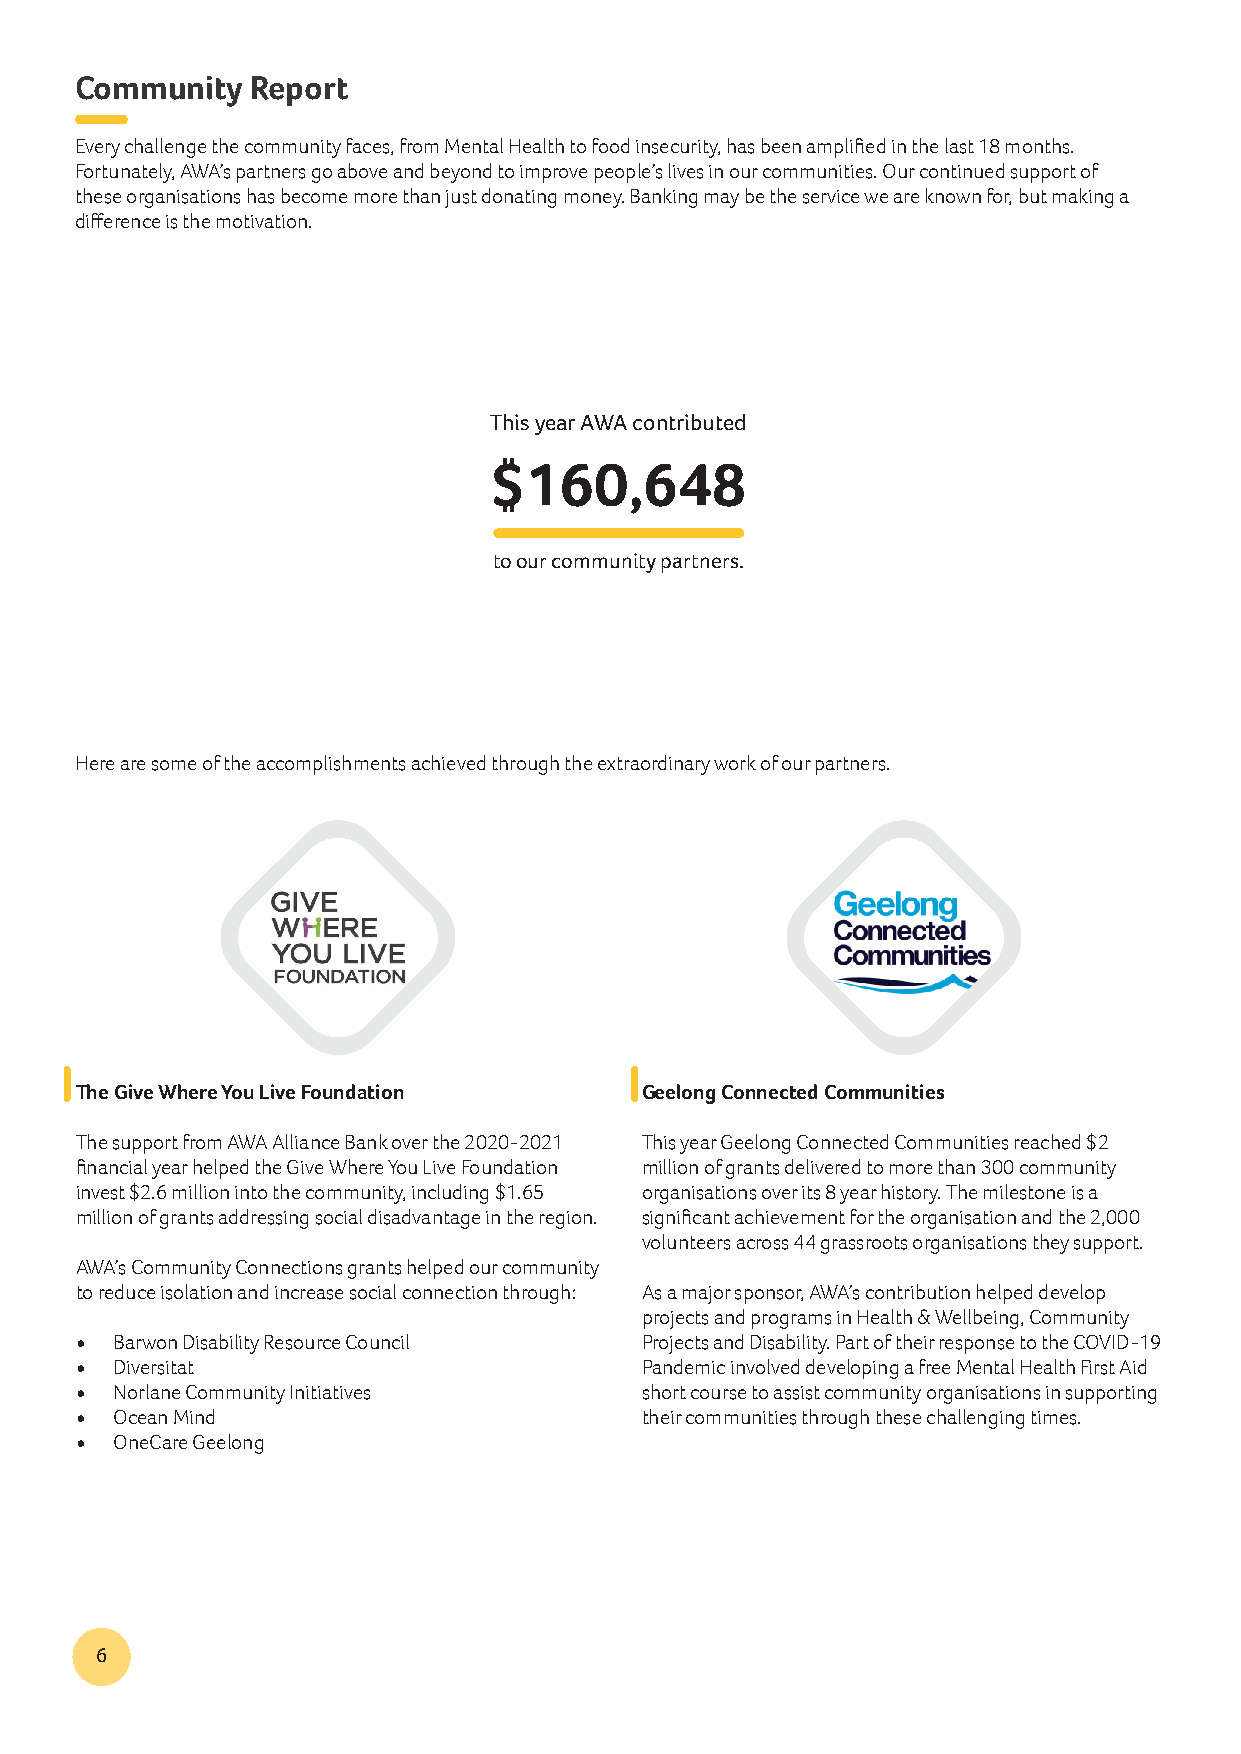
Community   Report
 Every challenge the community faces, from Mental Health to food insecurity, has been amplified in the last 18 months.
 Fortunately, AWA’s partners go above and beyond to improve people’s lives in our communities. Our continued support of
 these organisations has become more than just donating money. Banking may be the service we are known for, but making a
 difference is the motivation.
 This year AWA contributed
 $160,648
 to our community partners.
 Here are some of the accomplishments achieved through the extraordinary work of our partners.
 The Give Where You Live Foundation   Geelong Connected Communities
 The support from AWA Alliance Bank over the 2020-2021 This year Geelong Connected Communities reached $2
 financial year helped the Give Where You Live Foundation million of grants delivered to more than 300 community
 invest $2.6 million into the community, including $1.65 organisations over its 8 year history. The milestone is a
 million of grants addressing social disadvantage in the region. significant achievement for the organisation and the 2,000
 volunteers across 44 grassroots organisations they support.
 AWA’s Community Connections grants helped our community
 to reduce isolation and increase social connection through: As a major sponsor, AWA’s contribution helped develop
 projects and programs in Health & Wellbeing, Community
 • Barwon Disability Resource Council Projects and Disability. Part of their response to the COVID-19
 • Diversitat                         Pandemic involved developing a free Mental Health First Aid
 • Norlane Community Initiatives      short course to assist community organisations in supporting
 • Ocean Mind                         their communities through these challenging times.
 • OneCare Geelong
 6